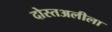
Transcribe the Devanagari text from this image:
दोस्तअलीला